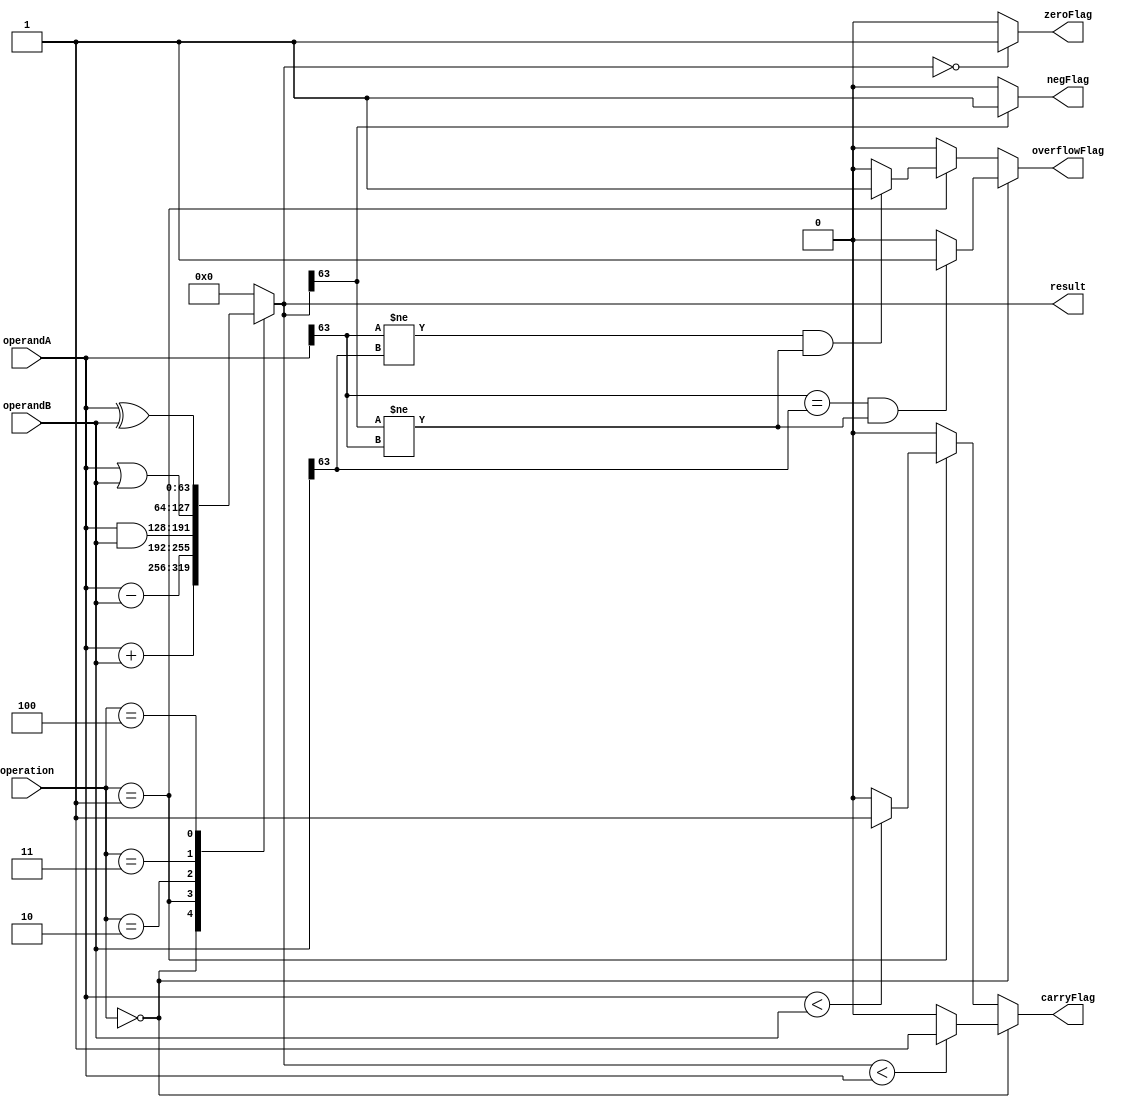
module ALU (
    input wire [63:0] operandA,
    input wire [63:0] operandB,
    input wire [3:0] operation,
    output reg [63:0] result,
    output reg zeroFlag,
    output reg negFlag,
    output reg carryFlag,
    output reg overflowFlag
);

// Flags initialization
initial begin
    zeroFlag = 0;
    negFlag = 0;
    carryFlag = 0;
    overflowFlag = 0;
end

// Perform arithmetic and logical operations based on the control signals
always @(*) begin
    case(operation)
        4'b0000: result = operandA + operandB; // Addition
        4'b0001: result = operandA - operandB; // Subtraction
        4'b0010: result = operandA & operandB; // Bitwise AND
        4'b0011: result = operandA | operandB; // Bitwise OR
        4'b0100: result = operandA ^ operandB; // Bitwise XOR
        // Include shift and rotate operations as needed
        default: result = 64'b0;
    endcase

    // Set flags based on the result of the operation
    zeroFlag = (result == 64'b0) ? 1 : 0;
    negFlag = (result[63] == 1) ? 1 : 0;

    // Update carry flag for addition and subtraction operations
    if(operation == 4'b0000) begin
        carryFlag = (result < operandA) ? 1 : 0;
        overflowFlag = ((operandA[63] == operandB[63]) && (result[63] != operandA[63])) ? 1 : 0;
    end
    else if(operation == 4'b0001) begin
        carryFlag = (operandA < operandB) ? 1 : 0;
        overflowFlag = ((operandA[63] != operandB[63]) && (result[63] != operandA[63])) ? 1 : 0;
    end
    else begin
        carryFlag = 0;
        overflowFlag = 0;
    end
end

endmodule